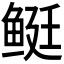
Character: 𬶓